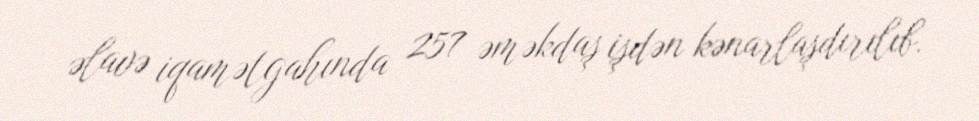
əlavə iqamətgahında 257 əməkdaş işdən kənarlaşdırılıb.